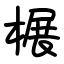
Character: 榐